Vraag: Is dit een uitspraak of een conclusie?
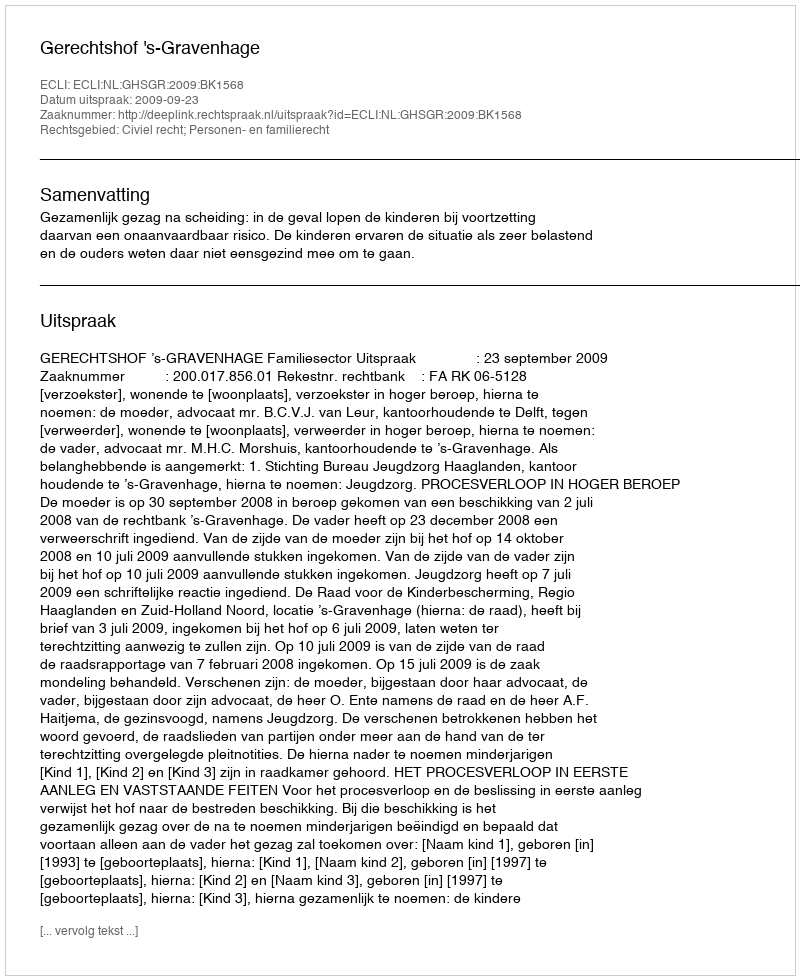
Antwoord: Uitspraak